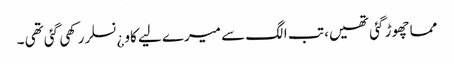
مما چھوڑ گئی تھیں، تب الگ سے میرے لیے کاو ¿نسلر رکھی گئی تھی ۔